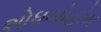
શોધશોહોમ